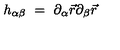
h _ { \alpha \beta } \ = \ \partial _ { \alpha } \vec { r } \partial _ { \beta } \vec { r }